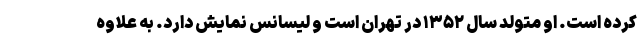
کرده است. او متولد سال ۱۳۵۲ در تهران است و لیسانس نمایش دارد. به علاوه